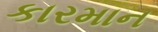
કારમાન